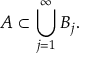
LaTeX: A \subset \bigcup _ { j = 1 } ^ { \infty } B _ { j } .